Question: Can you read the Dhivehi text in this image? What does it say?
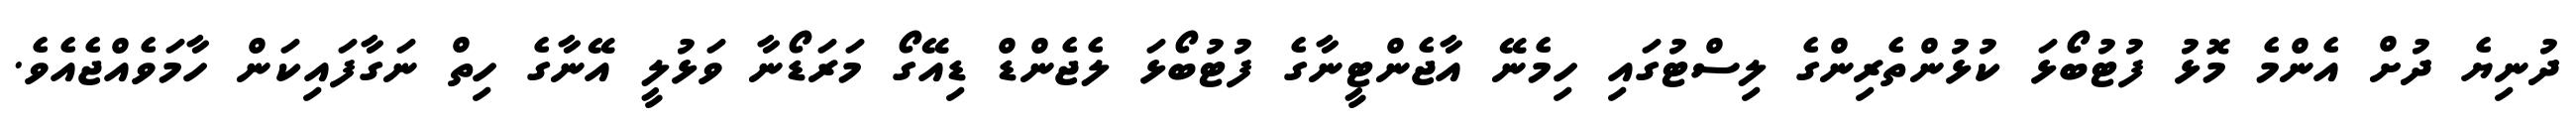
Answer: ދުނިޔެ ދުށް އެންމެ މޮޅު ފުޓުބޯޅަ ކުޅުންތެރިންގެ ލިސްޓުގައި ހިމެނޭ އާޖެންޓީނާގެ ފުޓުބޯޅަ ލެޖެންޑް ޑިއޭގޯ މަރަޑޯނާ ވަޅުލީ އޭނާގެ ހިތް ނަގާފައިކަން ހާމަވެއްޖެއެވެ.